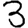
Digit: 3